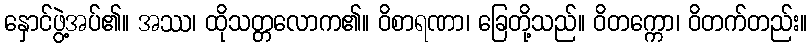
နှောင်ဖွဲ့အပ်၏။ အဿ၊ ထိုသတ္တလောက၏။ ဝိစာရဏာ၊ ခြေတို့သည်။ ဝိတက္ကော၊ ဝိတက်တည်း။